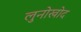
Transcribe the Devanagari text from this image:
लुनोखोद